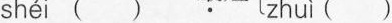
shéi ( ) zhuì ( )